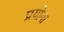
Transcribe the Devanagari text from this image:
प्रयोगा